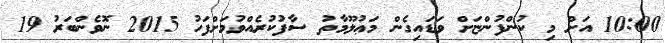
10:00 އަށް މި ކުންފުންޏަށް ވަޑައިގެން މަޢުލޫމާތު ސާފުކުރެއްވުމަށްފަހު 2015 ނޮވެންބަރު 19